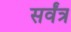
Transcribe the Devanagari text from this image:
सर्वंत्र